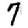
Digit: 7